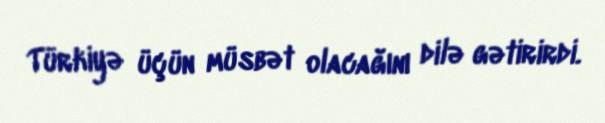
Türkiyə üçün müsbət olacağını dilə gətirirdi.